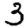
Digit: 3